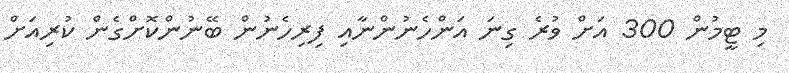
މި ޓީމުން 300 އަށް ވުރެ ގިނަ އަންހެނުންނާއި ފިރިހެނުން ބޭނުންކޮށްގެން ކުރިއަށް